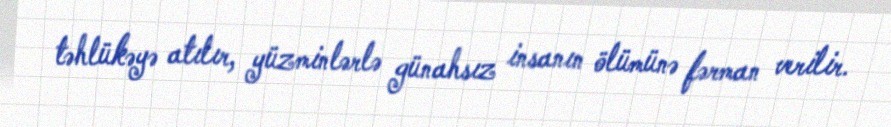
təhlükəyə atılır, yüzminlərlə günahsız insanın ölümünə fərman verilir.